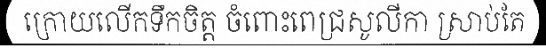
ក្រោយលើកទឹកចិត្ត ចំពោះពេជ្រសូលីកា ស្រាប់តែ